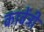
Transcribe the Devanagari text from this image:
कावेंट्री